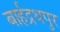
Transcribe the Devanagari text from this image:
बार्हद्रथपुर